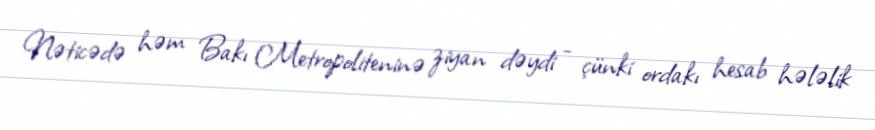
Nəticədə həm Bakı Metropoliteninə ziyan dəydi - çünki ordakı hesab hələlik